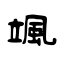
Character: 颯